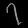
Digit: ၇